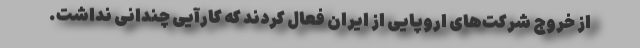
از خروج شرکت‌های اروپایی از ایران فعال کردند که کارآیی چندانی نداشت.